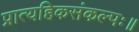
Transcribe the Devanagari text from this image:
प्रात्यहिकसंकल्पः॥